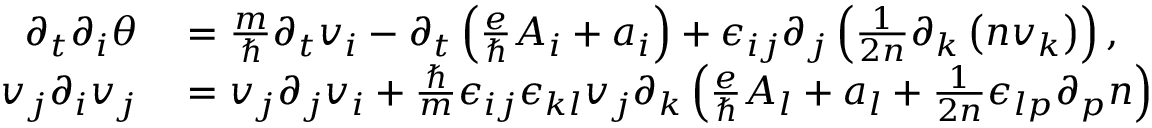
\begin{array} { r l } { \partial _ { t } \partial _ { i } \theta } & { { } = \frac { m } { \hbar } \partial _ { t } v _ { i } - \partial _ { t } \left( \frac { e } { \hbar } A _ { i } + a _ { i } \right) + \epsilon _ { i j } \partial _ { j } \left( \frac { 1 } { 2 n } \partial _ { k } \left( n v _ { k } \right) \right) , } \\ { v _ { j } \partial _ { i } v _ { j } } & { { } = v _ { j } \partial _ { j } v _ { i } + \frac { \hbar } { m } \epsilon _ { i j } \epsilon _ { k l } v _ { j } \partial _ { k } \left( \frac { e } { \hbar } A _ { l } + a _ { l } + \frac { 1 } { 2 n } \epsilon _ { l p } \partial _ { p } n \right) } \end{array}